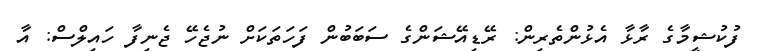
ފުކުޝީމާގެ ރާޅާ އެޅުންތެރިން: ރޭޑިއޭޝަންގެ ސަބަބުން ފަހަތަކަށް ނުޖެހޭ ޖެނިފާ ހައިލްސް: އާ